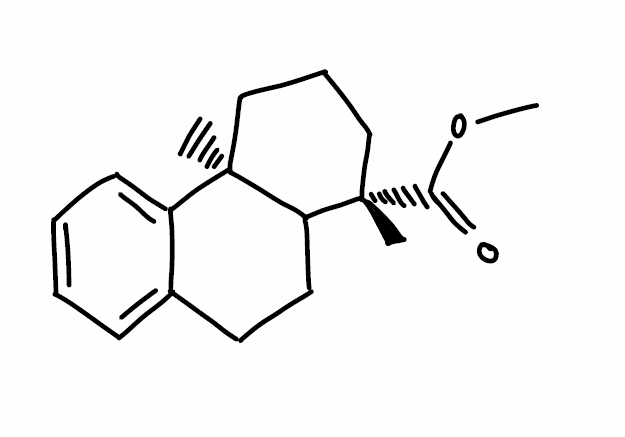
Simplified molecular-input line-entry system (SMILES) notation of the given molecule:
C[C@]12CCC[C@](C1CCC3=CC=CC=C23)(C)C(=O)OC